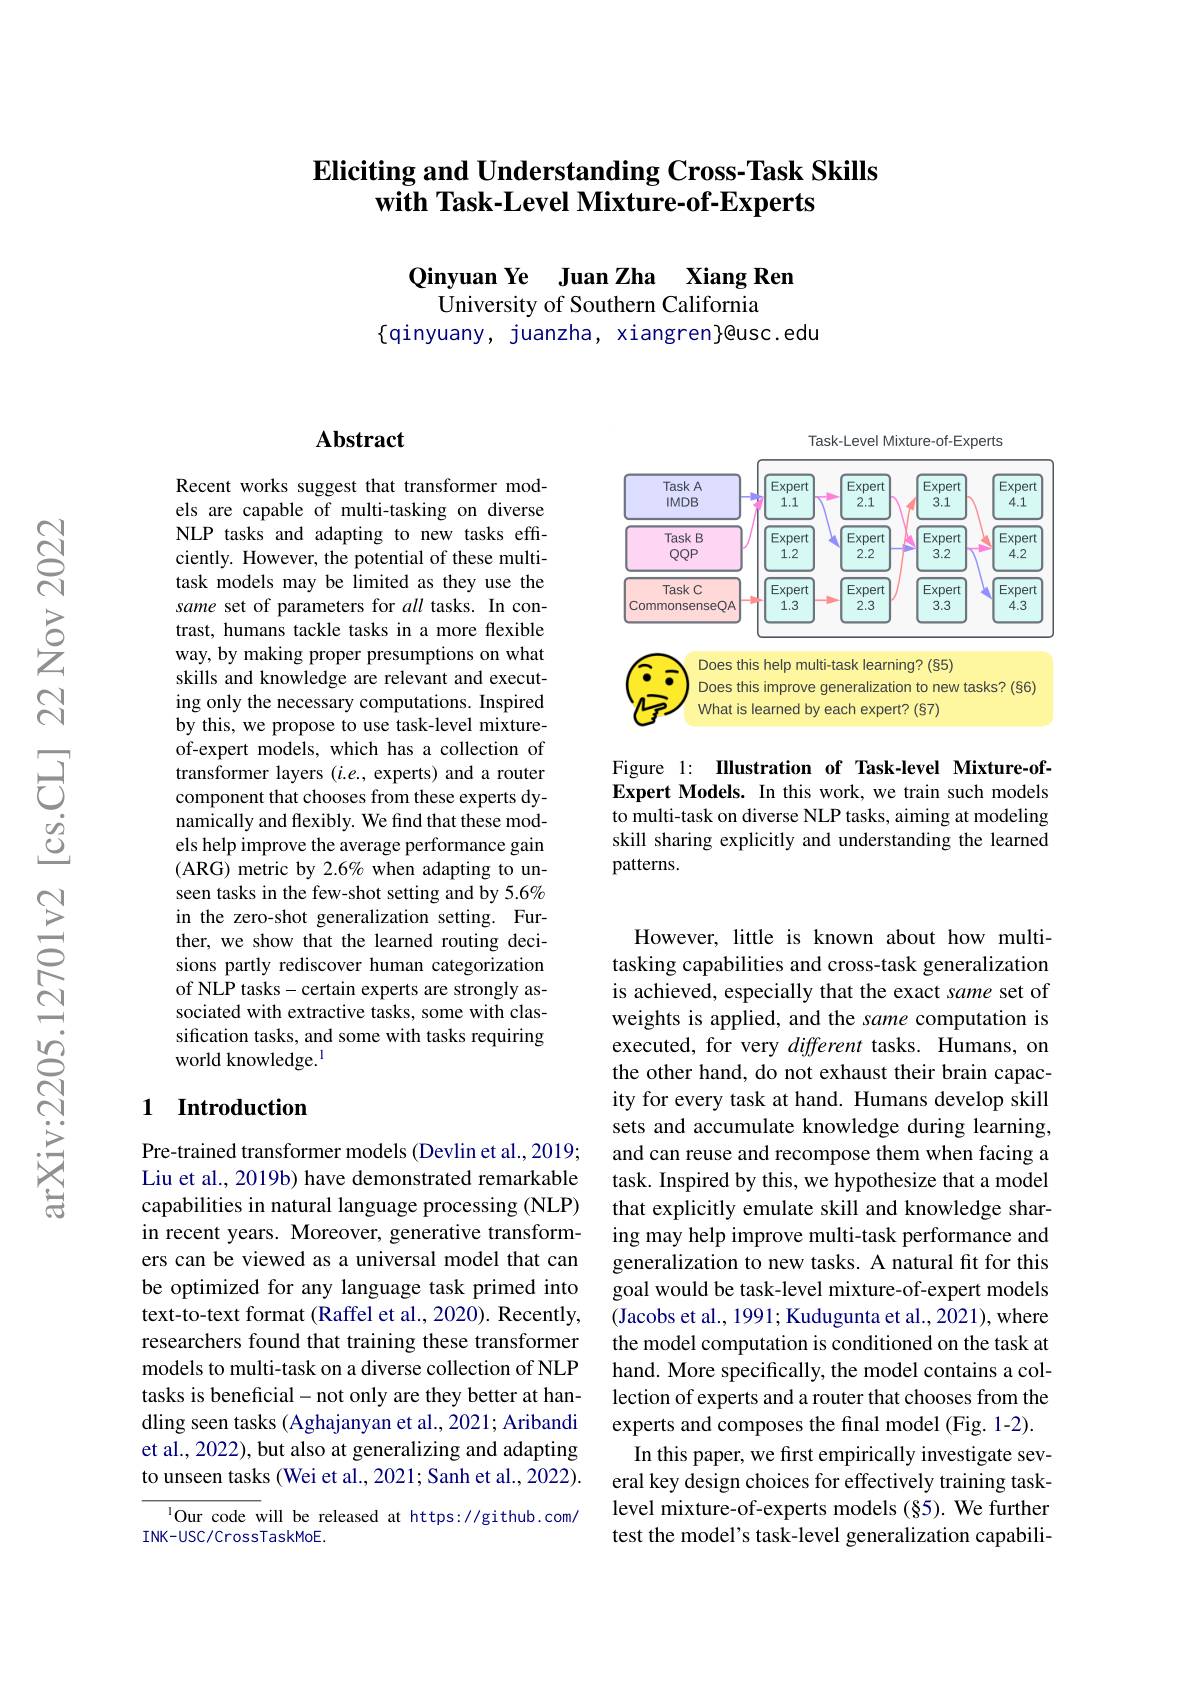
## Eliciting and Understanding Cross-Task Skills with Task-Level Mixture-of-Experts

Qinyuan Ye Juan Zha Xiang Ren
University of Southern California
$\{$qinyuany, juanzha, xiangren}@usc.edu

## Abstract

Recent works suggest that transformer models are capable of multi-tasking on diverse NLP tasks and adapting to new tasks effciently. However, the potential of these multitask models may be limited as they use the same set of parameters for all tasks. In contrast, humans tackle tasks in a more flexible way, by making proper presumptions on what skills and knowledge are relevant and executing only the necessary computations. Inspired by this, we propose to use task-level mixtureof-expert models, which has a collection of transformer layers $(i.e.$, experts) and a router component that chooses from these experts dynamically and flexibly. We find that these models help improve the average performance gain (ARG) metric by 2.6% when adapting to unseen tasks in the few-shot setting and by 5.6% in the zero-shot generalization setting. Further, we show that the learned routing decisions partly rediscover human categorization of NLP tasks-certain experts are strongly associated with extractive tasks, some with classification tasks, and some with tasks requiring world knowledge.$^{\mathrm{l}}$

### 1 Introduction

Pre-trained transformer models (Devlin et al.,2019; Liu et al., 2019b) have demonstrated remarkable capabilities in natural language processing (NLP) in recent years. Moreover, generative transformers can be viewed as a universal model that can be optimized for any language task primed into text-to-text format (Raffel et al., 2020). Recently, researchers found that training these transformer models to multi-task on a diverse collection of NLP tasks is beneficial- not only are they better at handling seen tasks (Aghajanyan et al., 2021; Aribandi et al., 2022), but also at generalizing and adapting to unseen tasks (Wei et al., 2021; Sanh et al., 2022).

$^{1}$Our code will be released at https://github.com/
INK-USC/CrossTaskMoE.

Task-Level Mixture-of-Experts

<FigureHere>

Figure 1: IIlustration of Task-level Mixture-ofExpert Models. In this work, we train such models to multi-task on diverse NLP tasks, aiming at modeling skill sharing explicitly and understanding the learned patterns.

However, little is known about how multitasking capabilities and cross-task generalization is achieved, especially that the exact same set of weights is applied, and the same computation is executed, for very different tasks. Humans, on the other hand, do not exhaust their brain capacity for every task at hand. Humans develop skill sets and accumulate knowledge during learning, and can reuse and recompose them when facing a task. Inspired by this, we hypothesize that a model that explicitly emulate skill and knowledge sharing may help improve multi-task performance and generalization to new tasks. A natural fit for this goal would be task-level mixture-of-expert models (Jacobs et al., 1991; Kudugunta et al., 2021), where the model computation is conditioned on the task at hand. More specifically, the model contains a collection of experts and a router that chooses from the experts and composes the final model (Fig. 1-2). In this paper, we frst empirically investigate several key design choices for effectively training tasklevel mixture-of-experts models (§5). We further test the model's task-level generalization capabili-